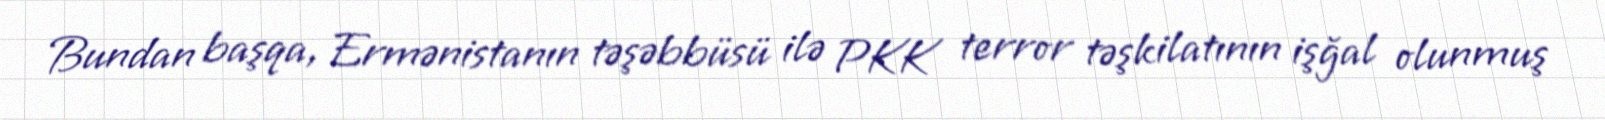
Bundan başqa, Ermənistanın təşəbbüsü ilə PKK terror təşkilatının işğal olunmuş